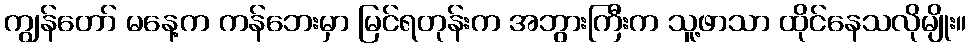
ကျွန်တော် မနေ့က ကန်ဘေးမှာ မြင်ရတုန်းက အဘွားကြီးက သူ့ဖာသာ ထိုင်နေသလိုမျိုး။